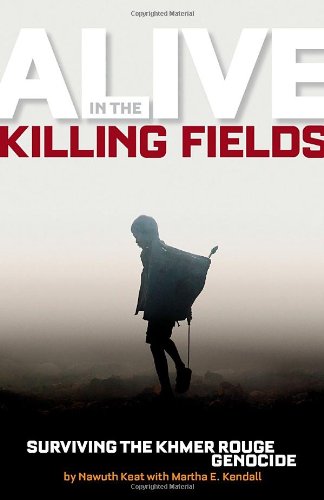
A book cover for Alive in the Killing Fields: Surviving the Khmer Rouge Genocide; Nawuth Keat; Teen & Young Adult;